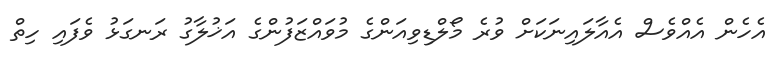
އެހެން އެއްވެސް އެއާލައިނަކަށް ވުރެ މޯލްޑިވިއަންގެ މުވައްޒަފުންގެ އަޚުލާގު ރަނގަޅު ވެފައި ހިތް